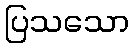
ပြသသော